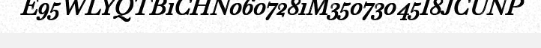
E95WLYQTB1CHN0607281M35073045I8JCUNP